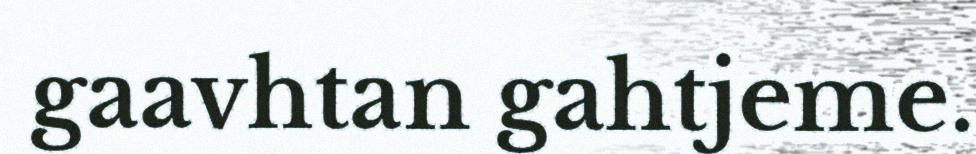
gaavhtan gahtjeme.